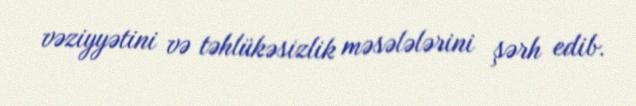
vəziyyətini və təhlükəsizlik məsələlərini şərh edib.